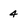
Character: 4